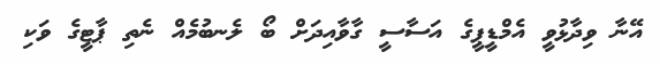
އޭނާ ވިދާޅުވީ އެމްޑީޕީގެ އަސާސީ ގާވާއިދަށް ބޯ ލެނބުމެއް ނެތި ޕާޓީގެ ވަކި